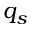
q _ { s }